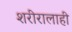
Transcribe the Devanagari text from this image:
शरीरालाही